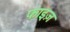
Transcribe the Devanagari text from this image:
फाइज़